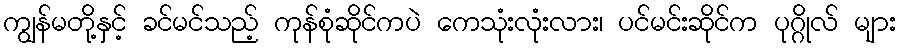
ကျွန်မတို့နှင့် ခင်မင်သည့် ကုန်စုံဆိုင်ကပဲ ကေသုံးလုံးလား၊ ပင်မင်းဆိုင်က ပုဂ္ဂိုလ် များ